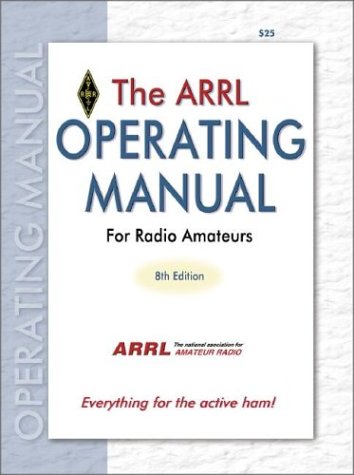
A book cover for The ARRL Operating Manual for Radio Amateurs: Everything for the Active Ham!; Humor & Entertainment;